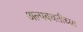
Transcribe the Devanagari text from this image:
अल्पबचतीच्या